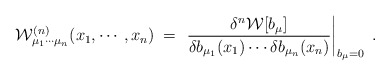
\begin{align*} {\mathcal W}^{(n)}_{\mu_1\cdots\mu_n}(x_1,\cdots,x_n)\;=\; \left. \frac{\delta^n{\mathcal W}[b_\mu]}{\delta b_{\mu_1}(x_1) \cdots \delta b_{\mu_n}(x_n)}\right|_{b_\mu = 0} \;.\end{align*}